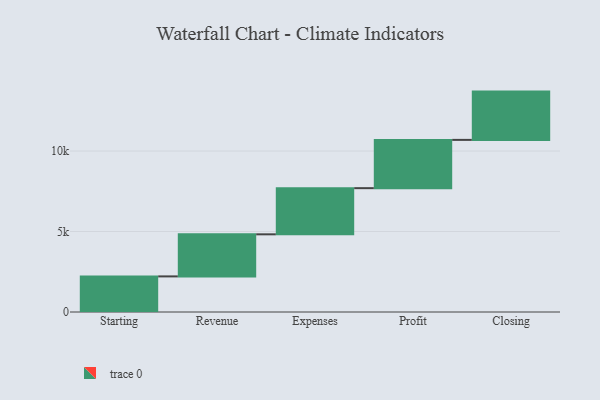
{"axis": {"x": "Step", "y": "Value"}, "legend": [""], "data": [{"x": "Starting", "y": 2212.0, "type": ""}, {"x": "Revenue", "y": 2615.0, "type": ""}, {"x": "Expenses", "y": 2868.0, "type": ""}, {"x": "Profit", "y": 3000, "type": ""}, {"x": "Closing", "y": 3000, "type": ""}]}